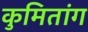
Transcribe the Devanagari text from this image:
कुमितांग